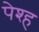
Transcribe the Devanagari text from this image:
पेश्ह